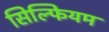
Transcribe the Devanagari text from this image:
सिल्फियम